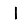
Digit: 1